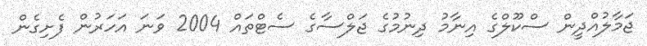
ޖަމާލުއްދީން ސްކޫލްގެ އިނާމު ދިނުމުގެ ޖަލްސާގެ ސެޓްތައް 2004 ވަނަ އަހަރުން ފެށިގެން